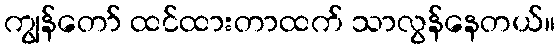
ကျွန်တော် ထင်ထားတာထက် သာလွန်နေတယ်။